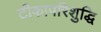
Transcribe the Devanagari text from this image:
टीकापरिशुद्धि